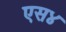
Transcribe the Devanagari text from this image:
एस४